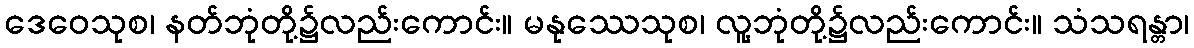
ဒေဝေသုစ၊ နတ်ဘုံတို့၌လည်းကောင်း။ မနုဿေသုစ၊ လူ့ဘုံတို့၌လည်းကောင်း။ သံသရန္တာ၊